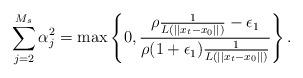
LaTeX: \begin{align*}\sum^{{M_s}}_{j=2}\alpha_j^2=\max \left\{0, \frac{ \rho \frac{1}{{L\left(||x_t-x_0||\right)}} -\epsilon_1}{\rho (1+\epsilon_1)\frac{1}{{L\left(||x_t-x_0||\right)}} }\right\}.\end{align*}